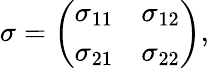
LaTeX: \begin{array}{r}{\sigma=\left(\begin{array}{cc}{\sigma_{11}}&{\sigma_{12}}\\ {\sigma_{21}}&{\sigma_{22}}\end{array}\right),}\end{array}